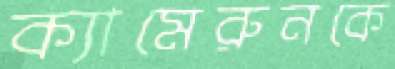
ক্যামেরুনকে